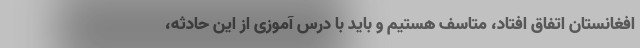
افغانستان اتفاق افتاد، متاسف هستیم و باید با درس آموزی از این حادثه،